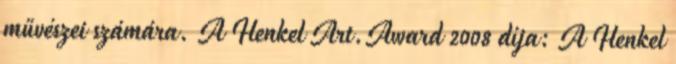
művészei számára. A Henkel Art.Award 2008 díja: A Henkel